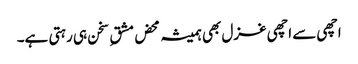
اچھی سے اچھی غزل بھی ہمیشہ محض مشق ِ سخن ہی رہتی ہے۔